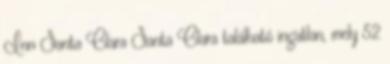
Inn Santa Clara Santa Clara található ingatlan, mely 52